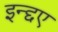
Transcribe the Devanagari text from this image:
इन्द्दए